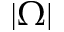
| \Omega |